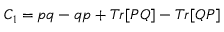
C _ { 1 } = p q - q p + T r [ P Q ] - T r [ Q P ]